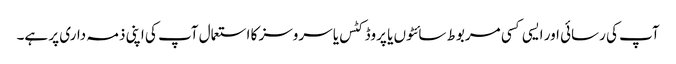
آپ کی رسائی اور ایسی کسی مربوط سائٹوں یا پروڈکٹس یا سروسز کا استعمال آپ کی اپنی ذمہ داری پر ہے۔